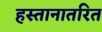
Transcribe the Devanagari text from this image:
हस्तानातरित